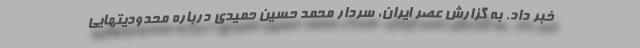
خبر داد. به گزارش عصر ایران، سردار محمد حسین حمیدی درباره محدودیتهایی